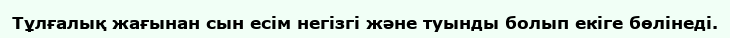
Тұлғалық жағынан сын есім негізгі және туынды болып екіге бөлінеді.